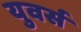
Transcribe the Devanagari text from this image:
युवर्स